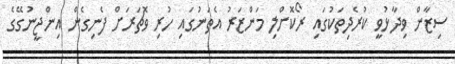
ސިޒާން ވިދާޅުވީ ކުރެދިތަކުގައި ރޯކޮށްލި މަންޒަރު އެތަނުގައި ހުރި ވޮޗަރަށް ފެނިގެން އިންޖީނުގޭގެ